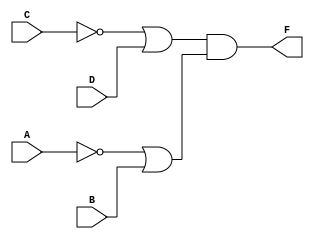
`timescale 1ns / 1ps
//////////////////////////////////////////////////////////////////////////////////
// Company: 
// Engineer: 
// 
// Design Name: 
// Module Name: mls_1
// Project Name: 
// Target Devices: 
// Tool Versions: 
// Description: 
// 
// Dependencies: 
// 
// Revision:
// Revision 0.01 - File Created
// Additional Comments:
// 
//////////////////////////////////////////////////////////////////////////////////


module mls_1(
    A,B,C,D,F
    );
    input A,B,C,D;
    output F;
    assign F = (~C|D)&(~A|B);
endmodule